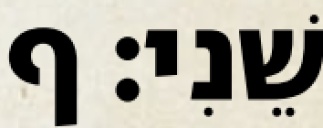
שֵׁנִי׃ ף